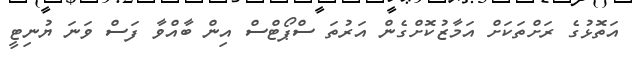
އަތޮޅުގެ ރަށްތަކަށް އަމާޒުކޮށްގެން އަރުތަ ސްޕޯޓްސް އިން ބާއްވާ ފަސް ވަނަ ޔުނިޓީ